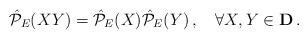
\begin{align*}\hat{\cal P}_{E}(XY)= \hat{\cal P}_{E}(X)\hat{\cal P}_{E}(Y)\,, \quad \forall X,Y\in {\bf D}\,.\end{align*}